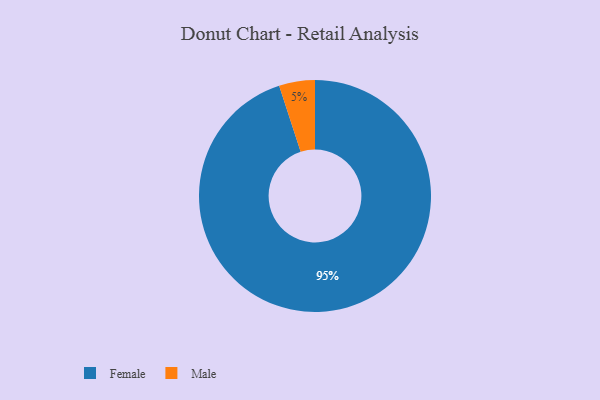
{"axis": {"x": "Category", "y": "Percentage"}, "legend": ["Female", "Male"], "data": [{"x": "Female", "y": 95, "type": "Female"}, {"x": "Male", "y": 5, "type": "Male"}]}